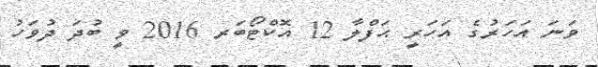
ވަނަ އަހަރުގެ އަހަރީ ޙަފްލާ 12 އޮކްޓޯބަރ 2016 ވީ ބުދަ ދުވަހު